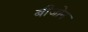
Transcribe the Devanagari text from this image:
बीजोन